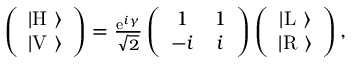
\begin{array} { r } { \left( \begin{array} { c } { | \mathrm { H } \ \rangle } \\ { | \mathrm { V } \ \rangle } \end{array} \right) = \frac { \mathrm { e } ^ { i \gamma } } { \sqrt { 2 } } \left( \begin{array} { c c } { 1 } & { 1 } \\ { - i } & { i } \end{array} \right) \left( \begin{array} { c } { | \mathrm { L } \ \rangle } \\ { | \mathrm { R } \ \rangle } \end{array} \right) , } \end{array}